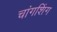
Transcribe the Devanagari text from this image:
चांगशिंग